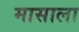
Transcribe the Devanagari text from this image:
मासाला